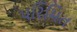
પરિમિત